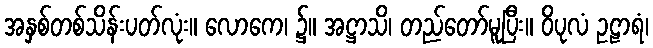
အနှစ်တစ်သိန်းပတ်လုံး။ လောကေ၊ ၌။ အဋ္ဌာသိ၊ တည်တော်မူပြီး။ ဝိပုလံ ဥဠာရံ၊